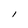
Character: l